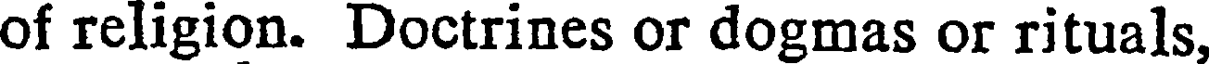
of religion. Doctrines or dogmas or rituals,